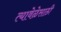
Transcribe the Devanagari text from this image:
त्यावेळेसाठी